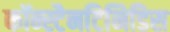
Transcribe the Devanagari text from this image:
कॉन्स्टैनटिनिडिस